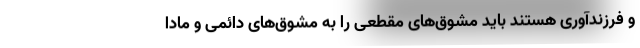
و فرزندآوری هستند باید مشوق‌های مقطعی را به مشوق‌های دائمی و مادا